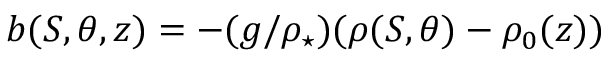
b ( S , \theta , z ) = - ( g / \rho _ { \star } ) ( \rho ( S , \theta ) - \rho _ { 0 } ( z ) )